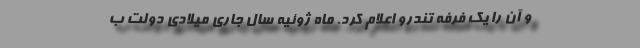
و آن را یک فرفه تندرو اعلام کرد. ماه ژوئیه سال جاری میلادی دولت ب